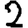
Digit: 2